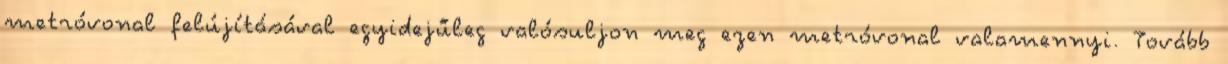
metróvonal felújításával egyidejűleg valósuljon meg ezen metróvonal valamennyi. Tovább